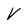
Character: V